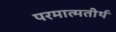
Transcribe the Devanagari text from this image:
परमात्मतीर्थ